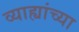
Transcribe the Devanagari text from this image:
व्याह्यांच्या